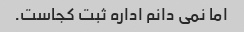
اما نمی دانم اداره ثبت کجاست.